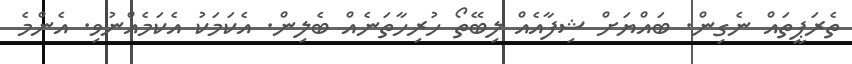
ތެރަޕީތައް ނެގިން. ބައްޔަށް ޝިފާއެއް ލިބޭތޯ ހުރިހާތަނެއް ބެލިން. އެކަމަކު އެކަމެއްނުވި. އެންމެ